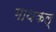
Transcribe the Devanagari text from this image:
गाथकल्